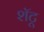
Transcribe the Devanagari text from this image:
शॅटू